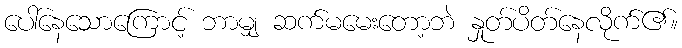
ပေါ်နေသောကြောင့် ဘာမျှ ဆက်မမေးတော့ဘဲ နှုတ်ပိတ်နေလိုက်၏။